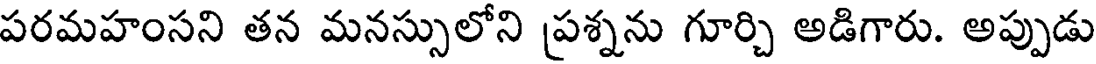
పరమహంసని తన మనస్సులోని ప్రశ్నను గూర్చి అడిగారు. అప్పుడు